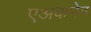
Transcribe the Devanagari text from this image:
एअकमेव